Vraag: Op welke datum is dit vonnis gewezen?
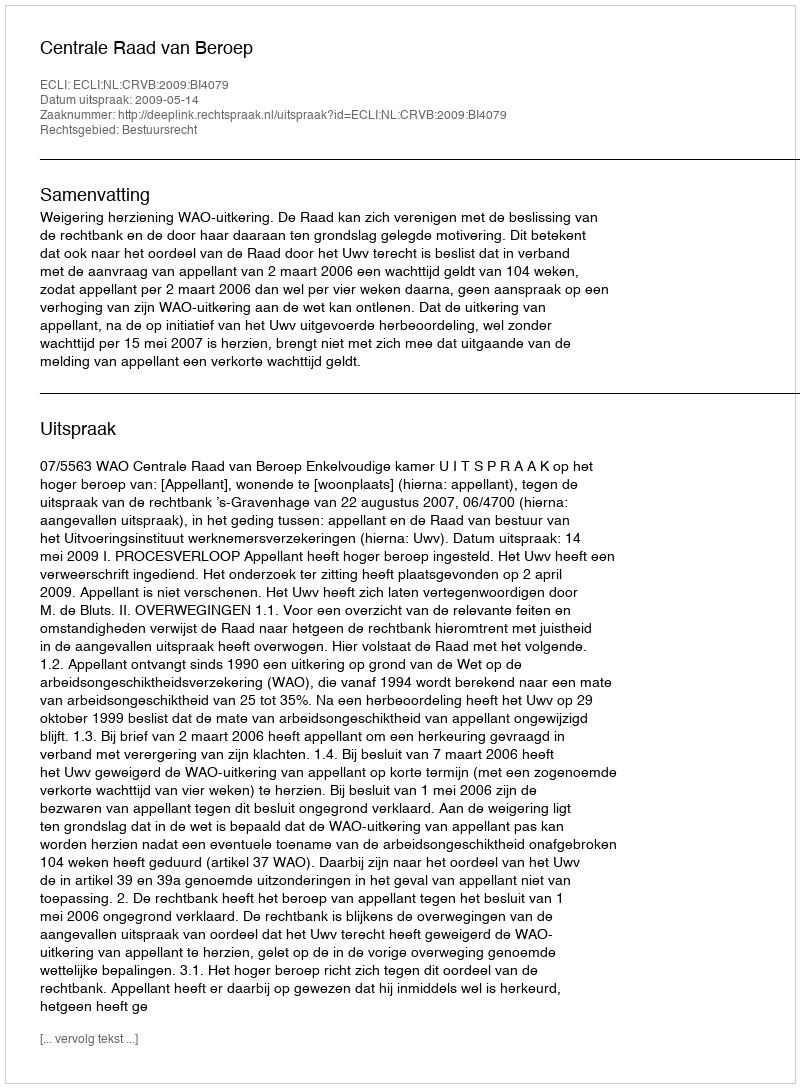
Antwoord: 2009-05-14